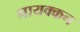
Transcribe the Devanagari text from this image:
नायक्कन